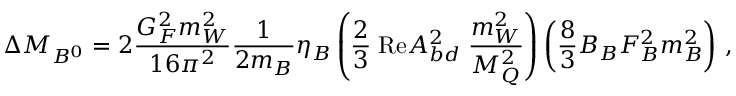
\Delta M _ { B ^ { 0 } } = 2 \frac { G _ { F } ^ { 2 } m _ { W } ^ { 2 } } { 1 6 \pi ^ { 2 } } \frac { 1 } { 2 m _ { B } } \eta _ { B } \left( \frac { 2 } { 3 } \; \mathrm { R e } { \cal A } _ { b d } ^ { 2 } \; \frac { m _ { W } ^ { 2 } } { M _ { Q } ^ { 2 } } \right) \left( \frac { 8 } { 3 } B _ { B } F _ { B } ^ { 2 } m _ { B } ^ { 2 } \right) \, ,